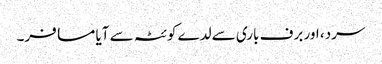
سرد، اور برف باری سے لدے کوئٹہ سے آیا مسافر۔